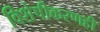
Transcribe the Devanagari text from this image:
विशेषीकरणही